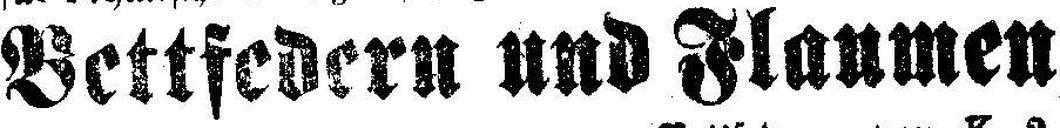
Bettfedern und Flaumen